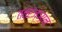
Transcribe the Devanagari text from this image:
तत्रंज्ञान